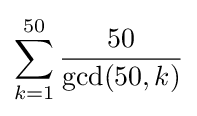
\sum _{k=1}^{50}{\frac {50}{\gcd(50,k)}}